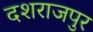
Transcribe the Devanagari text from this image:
दशराजपुर